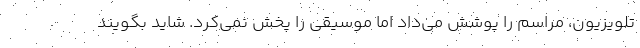
تلویزیون، مراسم را پوشش می‌داد اما موسیقی را پخش نمی‌کرد. شاید بگویند